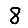
Digit: 8